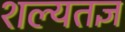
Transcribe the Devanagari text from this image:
शल्यतज्ञ